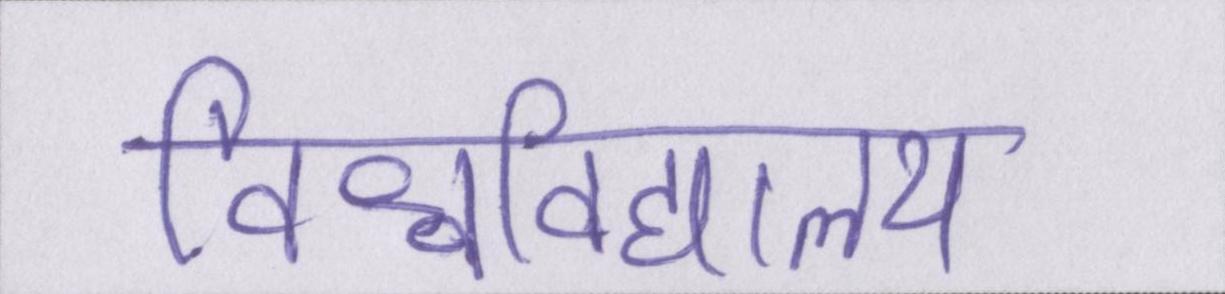
विश्वविद्यालय